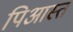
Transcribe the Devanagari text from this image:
पिआस्त